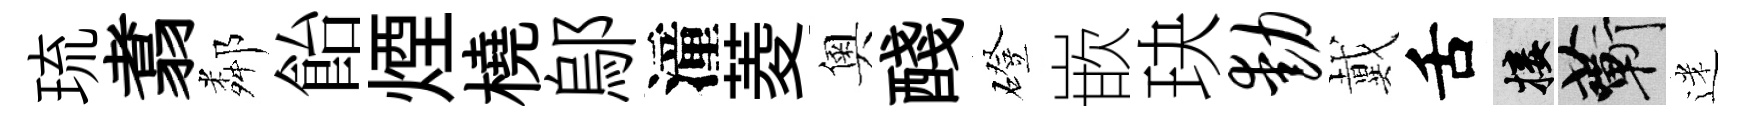
琉翥鄰飴煙橈鄔潼菱奧醆磴嵌玦动戴舌接蔪迷